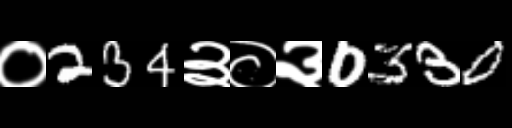
Text: ०234३०३0330